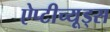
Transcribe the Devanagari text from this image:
ऐप्टीच्यूड्स